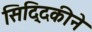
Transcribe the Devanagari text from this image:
सिद्दिकीने